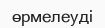
өрмелеуді